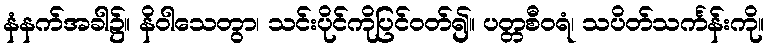
နံနက်အခါ၌။ နိဝါသေတွာ၊ သင်းပိုင်ကိုပြင်ဝတ်၍။ ပတ္တစီဝရံ၊ သပိတ်သင်္ကန်းကို။